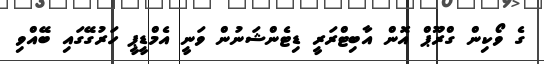
ގެ ވޯކިން ގްރޫޕް އޮން އާބިޓްރަރީ ޑިޓެންޝަނުން ވަނީ އެމްޑީޕީ ހަރުގޭގައި ބޭއްވި